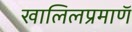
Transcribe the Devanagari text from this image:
खालिलप्रमाणॅ